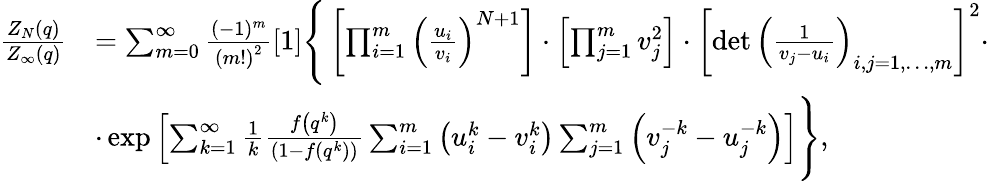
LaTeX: \begin{array}{rl}{\frac{Z_{N}\left(q\right)}{Z_{\infty}(q)}}&{=\sum_{m=0}^{\infty}\frac{(-1)^{m}}{\left(m!\right)^{2}}[1]\Bigg\{ \left[\prod_{i=1}^{m}\left(\frac{u_{i}}{v_{i}}\right)^{N+1}\right]\cdot\left[\prod_{j=1}^{m}v_{j}^{2}\right]\cdot\left[\operatorname*{det}\left(\frac{1}{v_{j}-u_{i}}\right)_{i,j=1,\dots,m}\right]^{2}\cdot}\\ &{\cdot\exp\left[\sum_{k=1}^{\infty}\frac{1}{k}\frac{f\left(q^{k}\right)}{\left(1-f\left(q^{k}\right)\right)}\sum_{i=1}^{m}\left(u_{i}^{k}-v_{i}^{k}\right)\sum_{j=1}^{m}\left(v_{j}^{-k}-u_{j}^{-k}\right)\right]\Bigg\} ,}\end{array}